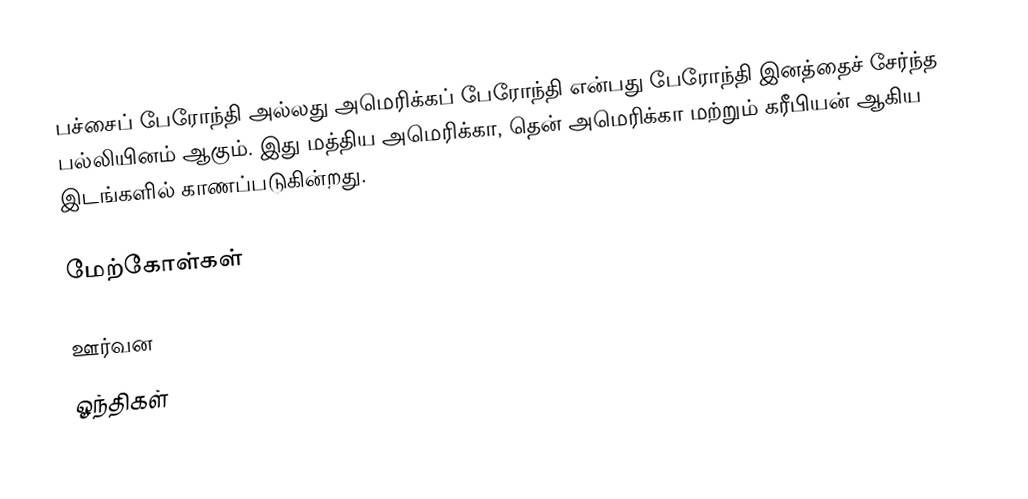
பச்சைப் பேரோந்தி அல்லது அமெரிக்கப் பேரோந்தி என்பது பேரோந்தி இனத்தைச் சேர்ந்த பல்லியினம் ஆகும். இது மத்திய அமெரிக்கா, தென் அமெரிக்கா மற்றும் கரீபியன் ஆகிய இடங்களில் காணப்படுகின்றது.

மேற்கோள்கள்

ஊர்வன
ஓந்திகள்